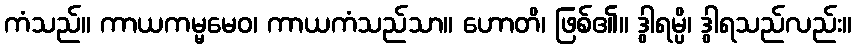
ကံသည်။ ကာယကမ္မမေဝ၊ ကာယကံသည်သာ။ ဟောတိ၊ ဖြစ်၏။ ဒွါရမ္ပိ၊ ဒွါရသည်လည်း။